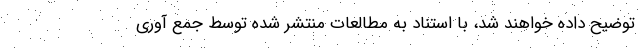
توضیح داده خواهند شد، با استناد به مطالعات منتشر شده توسط جمع آوری